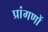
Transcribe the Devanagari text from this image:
प्रांगणों